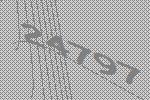
24797